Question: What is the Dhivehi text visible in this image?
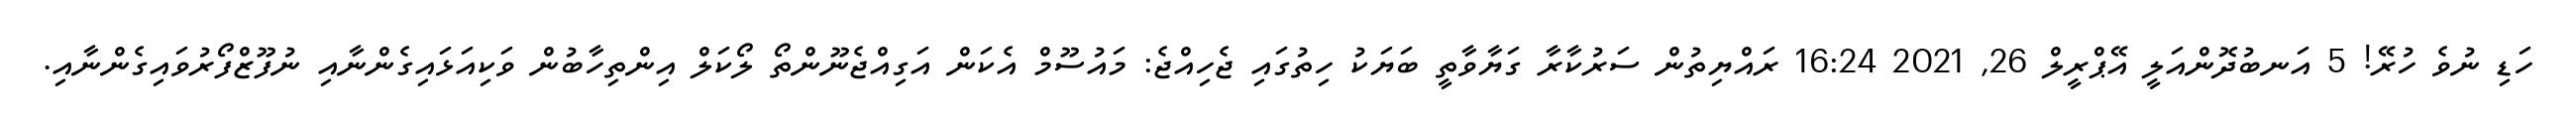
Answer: ހަޑި ނުވެ ހުރޭ! 5 އަނބުދޮންއަލީ އޭޕްރީލް 26, 2021 16:24 ރައްޔިތުން ސަރުކާރާ ގަޔާވާތީ ބަޔަކު ހިތުގައި ޖެހިއްޖެ: މައުސޫމް އެކަން އަގިއްޖެނޫންތޯ ލޯކަލް އިންތިހާބުން ވަކިއަޅައިގެންނާއި ނުފޫޒްފޯރުވައިގެންނާއި.